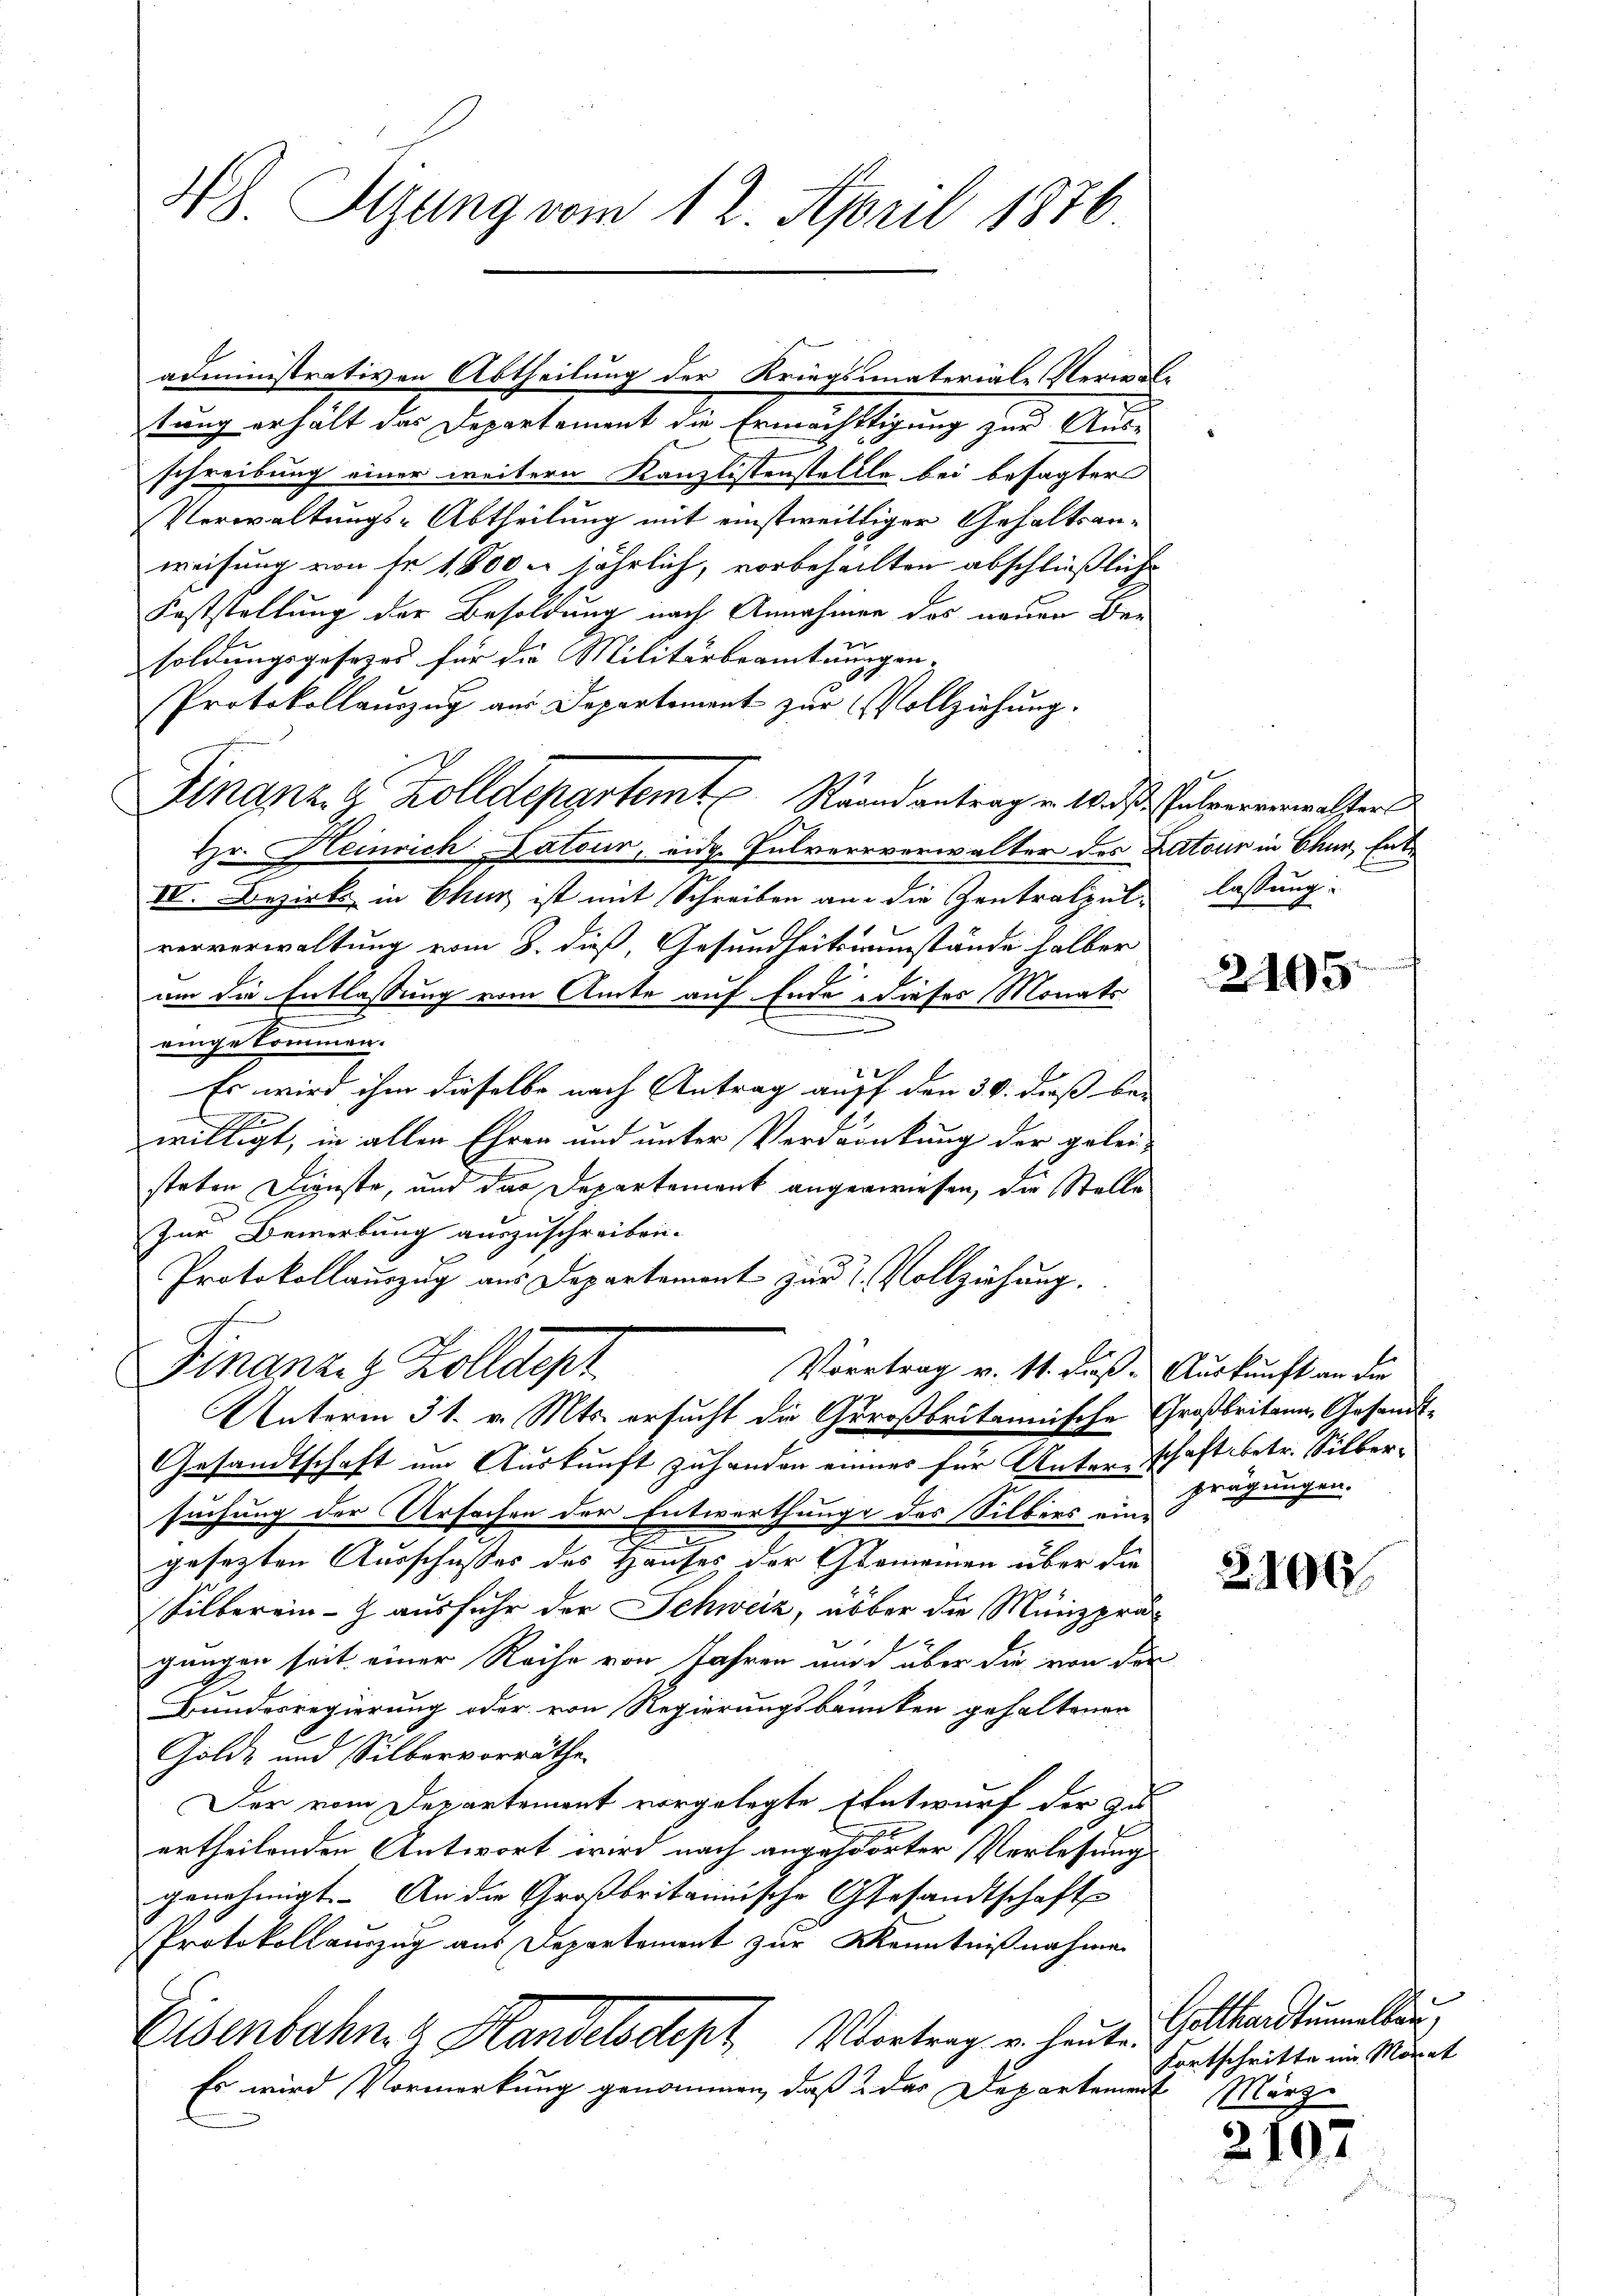
48. Sizung vom 12. April 1876

tung erhält das Departement die Ermächtigung zur Ausschreibung einer weitern Kanzlistenstellte bei besagter
Verwaltungs-Abtheilung mit einstweilliger Gehaltsanweisung von fr. 1,800 u. jährlich, vorbehalten abschließliche
Feststellung der Besoldung nach Annahmen des neuen Bei
soldungsgesezes für die Militärbeamtnungen,
Protokollauszug aus Departement zur Vollziehung.
Hr. Heinrich: Datour, eid. Pulverrverwalter des Datour in Chur, Ent¬
IV. Bezirks in Chur ist mit Schreiben an die Zentratent lassung
ververwaltung vom 8. dieß, Gesundheitsumstände halber
um die Entlassung vom Amte auf Ende dieses Monats
e
eingekommen.
Es wird ihm dieselbe nach Antrag auff den 30. daß bei
1
willigt, in allen Ehren und unter Verdaunkung der gelei-
steten Dienste, und das Departement angewiesen, die Stelle
Zur Bemerkung auszuschreiben.
Protokollauszug aus Departement zum 2. Vollziehung.
Vortrag v. 11. dieß. Auskunft an die
Finanzig Kolldept
Unterm 31. v. Mts. ersucht die Großbritannische Großbritann, Gesandt¬
Gesandtschaft um Auskunft zuhanden eines für Unterschaft betr. Silbersuchung der Ursachen der Entwerthung des Silbers eine
e
gesetzten Ausschusses des Hauses der Gemeinen über die
Silberein - ausfuhr der Schweiz, über die Münzprä
gungen seit einer Reihe von Jahren und über die von der
Bundesregierung oder von Regierungsbannten gehaltenen
Golde und Silbervorräthe.
Der vom Departement vorgelegte Entwurf der zu
ertheilenden Antwort wird nach angehörter Verlesung
genehmigt. An die Großbritannische Gesandtschafts
Protokollauszug aus Departement zur Kenntnißnahmen
Eisenbahn & Handelsdept Vortrag u. heute Gotthardtuellen,
Es wird Vormerkung genommen, daß  das Departement März

Finanz- & Zolldepartemt Raandantrag in Wahlververwalter

administrativen Abtheilung der Kriegsmaterial-Verwal-

2165

prägungen.

2100

Fortschritte im Monat

2107